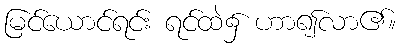
မြင်ယောင်ရင်း ရင်ထဲ၌ ဟာ၍လာ၏။